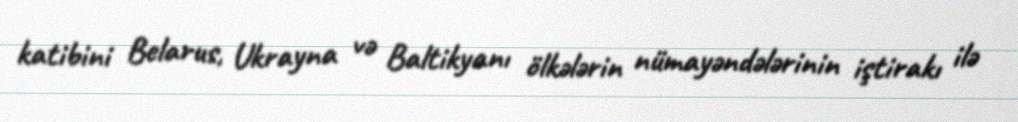
katibini Belarus, Ukrayna və Baltikyanı ölkələrin nümayəndələrinin iştirakı ilə